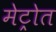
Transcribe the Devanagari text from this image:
मेट्रोत